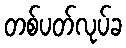
တစ်ပတ်လုပ်ခ